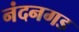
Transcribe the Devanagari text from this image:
नंदनगड